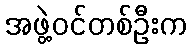
အဖွဲ့ဝင်တစ်ဦးက